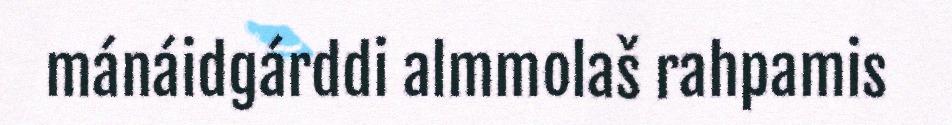
mánáidgárddi almmolaš rahpamis